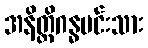
အနိတ္ထိဂန္ဓမင်းသား